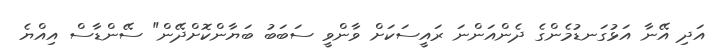
އަދި އޭނާ އަޅުގަނޑުމެންގެ ދެންއަންނަ ރައީސަކަށް ވާންވީ ސަބަބު ބަޔާންކޮށްދޭން" ސޭންޑާސް އިއްޔެ